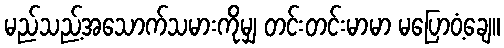
မည်သည့်အသောက်သမားကိုမျှ တင်းတင်းမာမာ မပြောဝံ့ချေ။